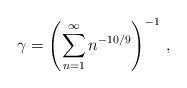
LaTeX: \begin{align*} \gamma=\left(\sum_{n=1}^\infty n^{-10/9}\right)^{-1}\, ,\end{align*}